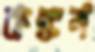
কঙ্কন